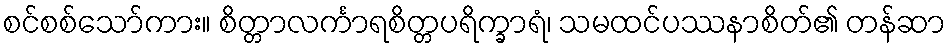
စင်စစ်သော်ကား။ စိတ္တာလင်္ကာရစိတ္တပရိက္ခာရံ၊ သမထင်ပဿနာစိတ်၏ တန်ဆာ